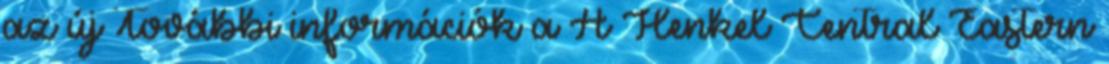
az új További információk a A Henkel Central Eastern